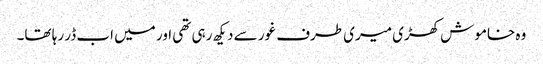
وہ خاموش کھڑی میری طرف غور سے دیکھ رہی تھی اور میں اب ڈر رہا تھا۔